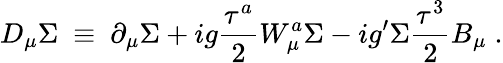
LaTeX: D_{\mu}\Sigma~\equiv~\partial_{\mu}\Sigma+ig\frac{\tau^{a}}{2}W_{\mu}^{a}\Sigma-ig^{\prime}\Sigma\frac{\tau^{3}}{2}B_{\mu}\; .